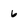
Character: 6